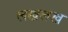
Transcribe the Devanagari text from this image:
लखलख